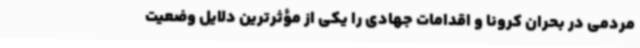
مردمی در بحران کرونا و اقدامات جهادی را یکی از مؤثرترین دلایل وضعیت